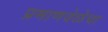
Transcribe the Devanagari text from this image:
प्रमाणवेळेचा